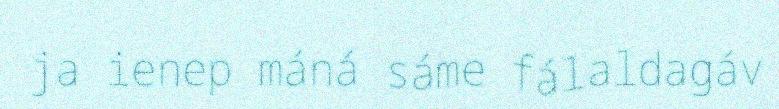
ja ienep máná sáme fálaldagáv